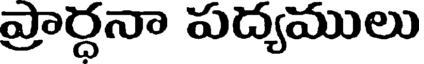
ప్రార్ధనా పద్యములు